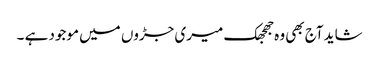
شاید آج بھی وہ جھجھک میری جڑوں میں موجود ہے ۔